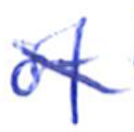
Text: of
Cross-out: diagonal
Writing tool: ballpoint